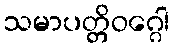
သမာပတ္တိဝဂ္ဂေါ